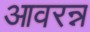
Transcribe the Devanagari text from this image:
आवरन्न